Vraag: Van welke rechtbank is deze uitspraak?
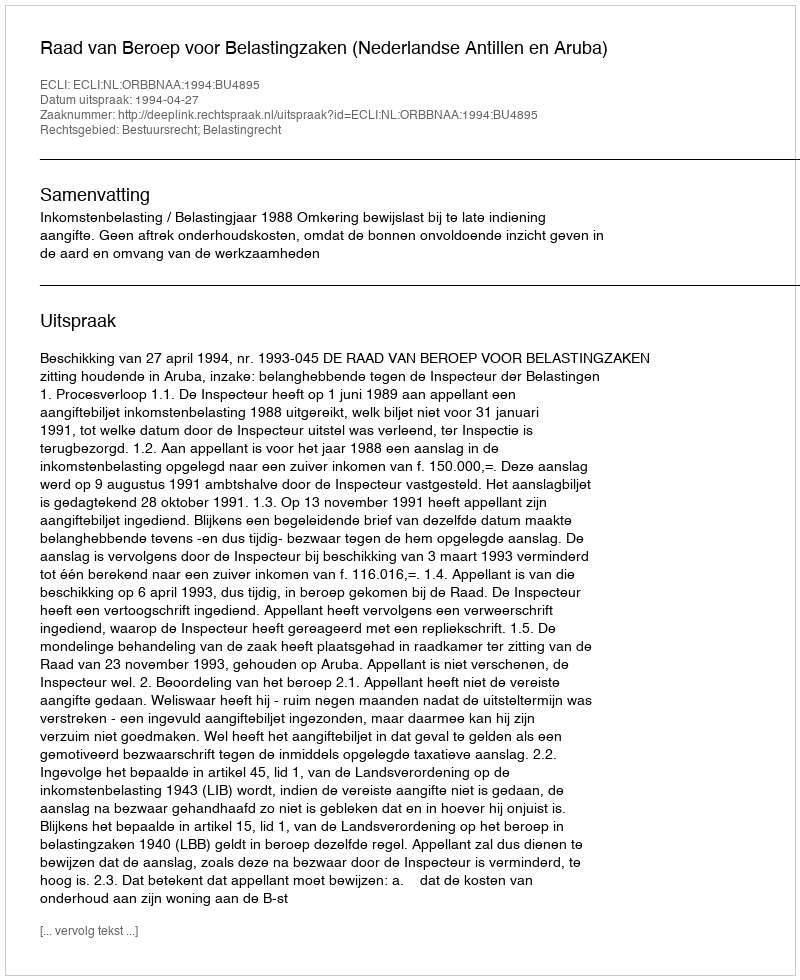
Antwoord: Raad van Beroep voor Belastingzaken (Nederlandse Antillen en Aruba)